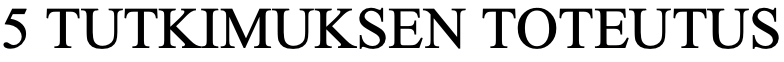
5 TUTKIMUKSEN   TOTEUTUS